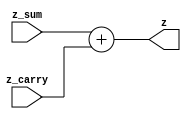
/************************************************
  The Verilog HDL code example is from the book
  Computer Principles and Design in Verilog HDL
  by Yamin Li, published by A JOHN WILEY & SONS
************************************************/
module fmul_add (z_sum,z_carry,z);                               // fmul add
    input  [39:0] z_sum;
    input  [39:0] z_carry;
    output [47:8] z;
    assign        z = z_sum + z_carry;
endmodule